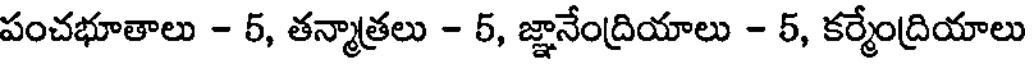
పంచభూతాలు - 5, తన్మాత్రలు - 5, జ్ఞానేంద్రియాలు - 5, కర్మేంద్రియాలు